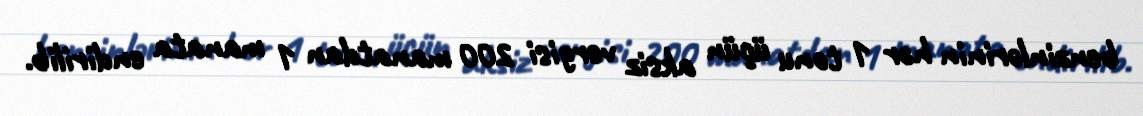
benzinlərinin hər 1 tonu üçün aksiz vergisi 200 manatdan 1 manata endirilib.